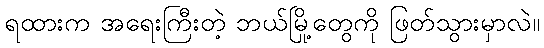
ရထားက အရေးကြီးတဲ့ ဘယ်မြို့တွေကို ဖြတ်သွားမှာလဲ။